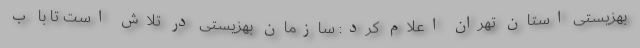
بهزیستی استان تهران اعلام کرد: سازمان بهزیستی در تلاش است تا با ب